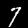
Label: 7